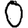
Digit: 0